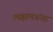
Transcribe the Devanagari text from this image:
लक्कामअंबा